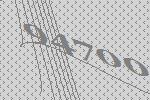
94700